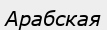
Арабская